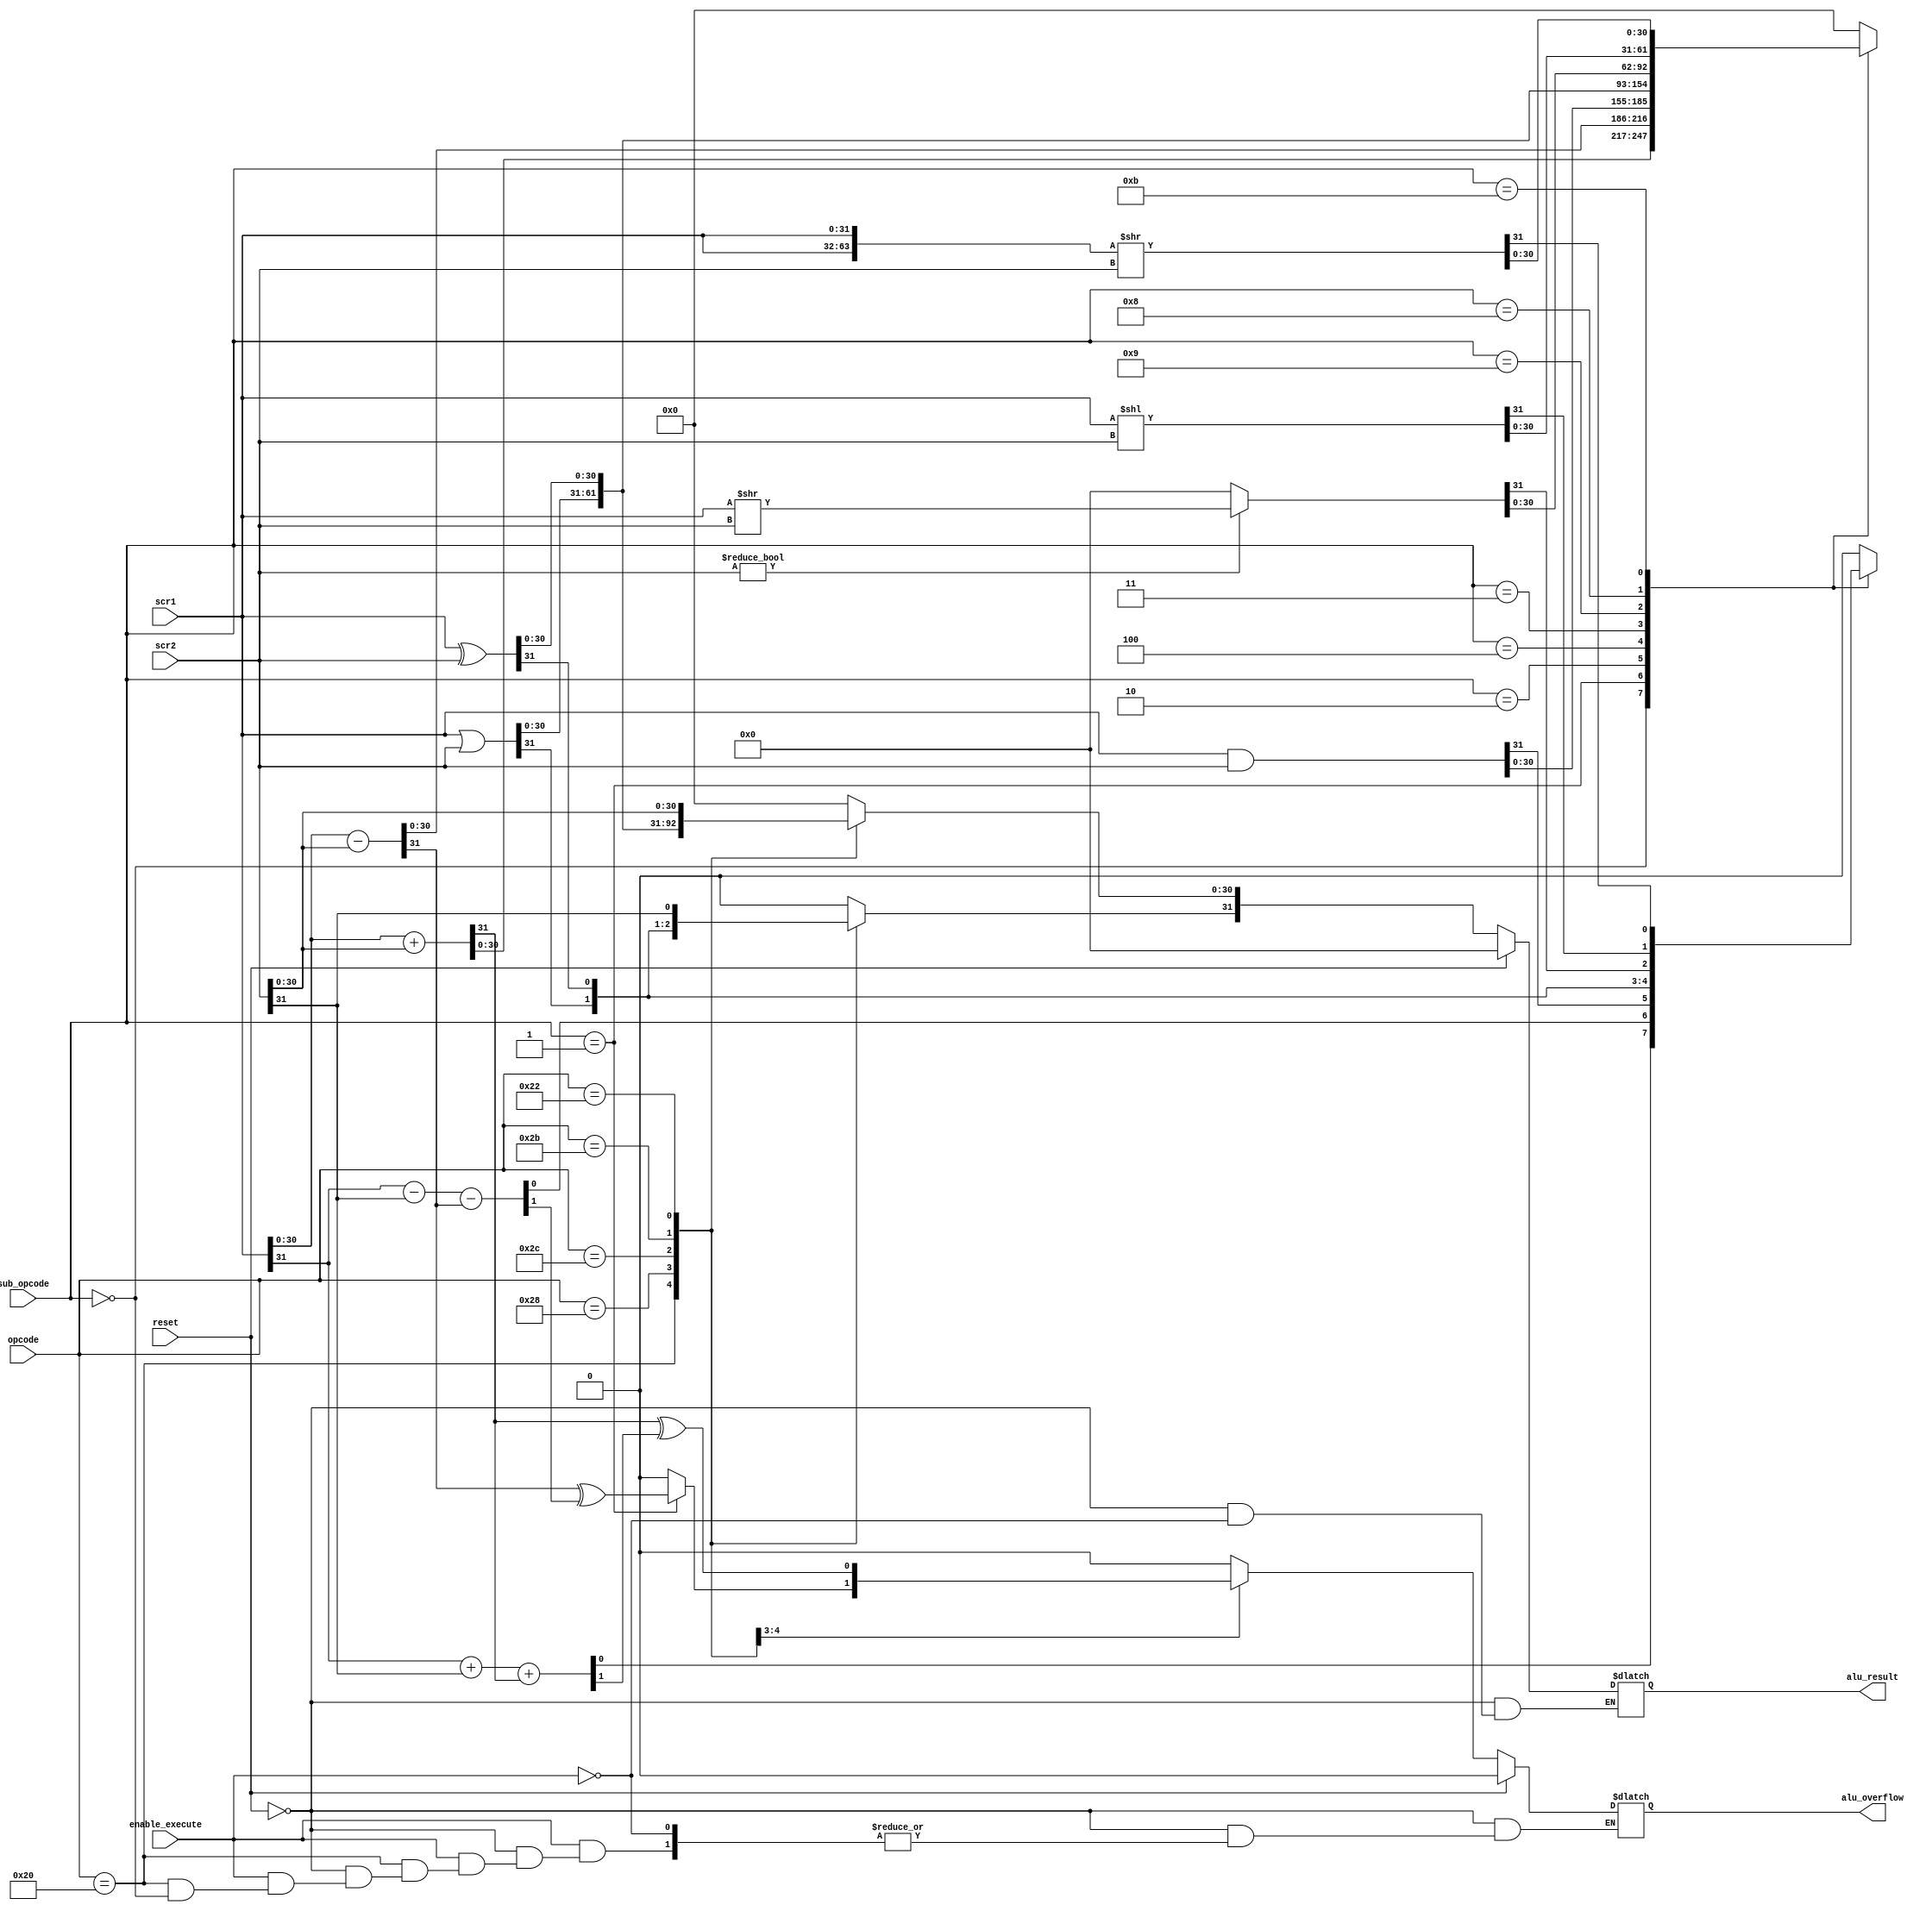
module alu32(alu_result,alu_overflow,scr1,scr2,opcode,sub_opcode,enable_execute,reset);
  parameter NOP=5'b01001,ADD=5'b00000,SUB=5'b00001,AND=5'b00010,
            OR=5'b00100,XOR=5'b00011,SRLI=5'b01001,SLLI=5'b01000,
            ROTRI=5'b01011;
  output reg [31:0]alu_result;
  output reg alu_overflow;
  
  input [31:0]scr1,scr2;
  input [5:0]opcode;
  input [4:0]sub_opcode;
  input reset;
  input enable_execute;
  
  reg [63:0]rotate;
  reg a,b;
  
  always @ ( * )begin
    if(reset)begin
      alu_result=32'b0;
      alu_overflow=1'b0;
    end
    else if(enable_execute)begin
      case(opcode)
        6'b100000 : case (sub_opcode)
                      //NOP   : begin
                      //         alu_result=32'b0;
                      //         alu_overflow=1'b0;
                      //        end
                      ADD   : begin
                                {a,alu_result[30:0]}=scr1[30:0]+scr2[30:0];
                                {b,alu_result[31]}=scr1[31]+scr2[31]+a;
                              end
                      SUB   : begin
                                {a,alu_result[30:0]}=scr1[30:0]-scr2[30:0];
                                {b,alu_result[31]}=scr1[31]-scr2[31]-a;
                                alu_overflow=a^b;
                              end
                      AND   : begin
                                alu_overflow=1'b0;
                                alu_result=scr1&scr2;
                              end
                      OR    : begin
                                alu_overflow=1'b0;
                                alu_result=scr1|scr2;
                              end
                      XOR   : begin
                                alu_overflow=1'b0;
                                alu_result=scr1^scr2;
                              end
                      SRLI  : begin
                                if(scr2!=0)begin 
                                  alu_overflow=1'b0;
                                  alu_result=scr1>>scr2;
				end
				else begin
                                  alu_result=32'b0;
                                  alu_overflow=1'b0;
                                end
                              end
                      SLLI  : begin
                                alu_overflow=1'b0;
                                alu_result=scr1<<scr2;
                              end
                      ROTRI : begin
                                alu_overflow=1'b0;
                                rotate={scr1,scr1}>>scr2;
                                alu_result=rotate[31:0];
                              end
                      default : begin
                                  alu_overflow=1'b0;
                                  alu_result=32'b0;
                              end
                    endcase
        6'b101000 : begin
                      {a,alu_result[30:0]}=scr1[30:0]+scr2[30:0];
                      {b,alu_result[31]}=scr1[31]+scr2[31]+a;
                      alu_overflow=a^b;
                    end
        6'b101100 : begin
                      alu_overflow=1'b0;
                      alu_result=scr1|scr2;
                    end
        6'b101011 : begin
                      alu_overflow=1'b0;
                      alu_result=scr1^scr2;
                    end
        6'b100010 : begin
                      alu_overflow=1'b0;
                      alu_result[31:0]=scr2[31:0];
                    end
        default : begin
                      alu_overflow=1'b0;
                      alu_result=32'b0;
                  end
      endcase
    end
//    else begin
//      alu_result=32'b0;
//      alu_overflow=1'b0;
//    end
  end
endmodule